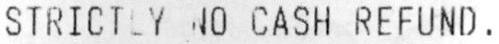
STRICTLY NO CASH REFUND .